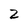
Character: 2